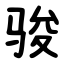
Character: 骏